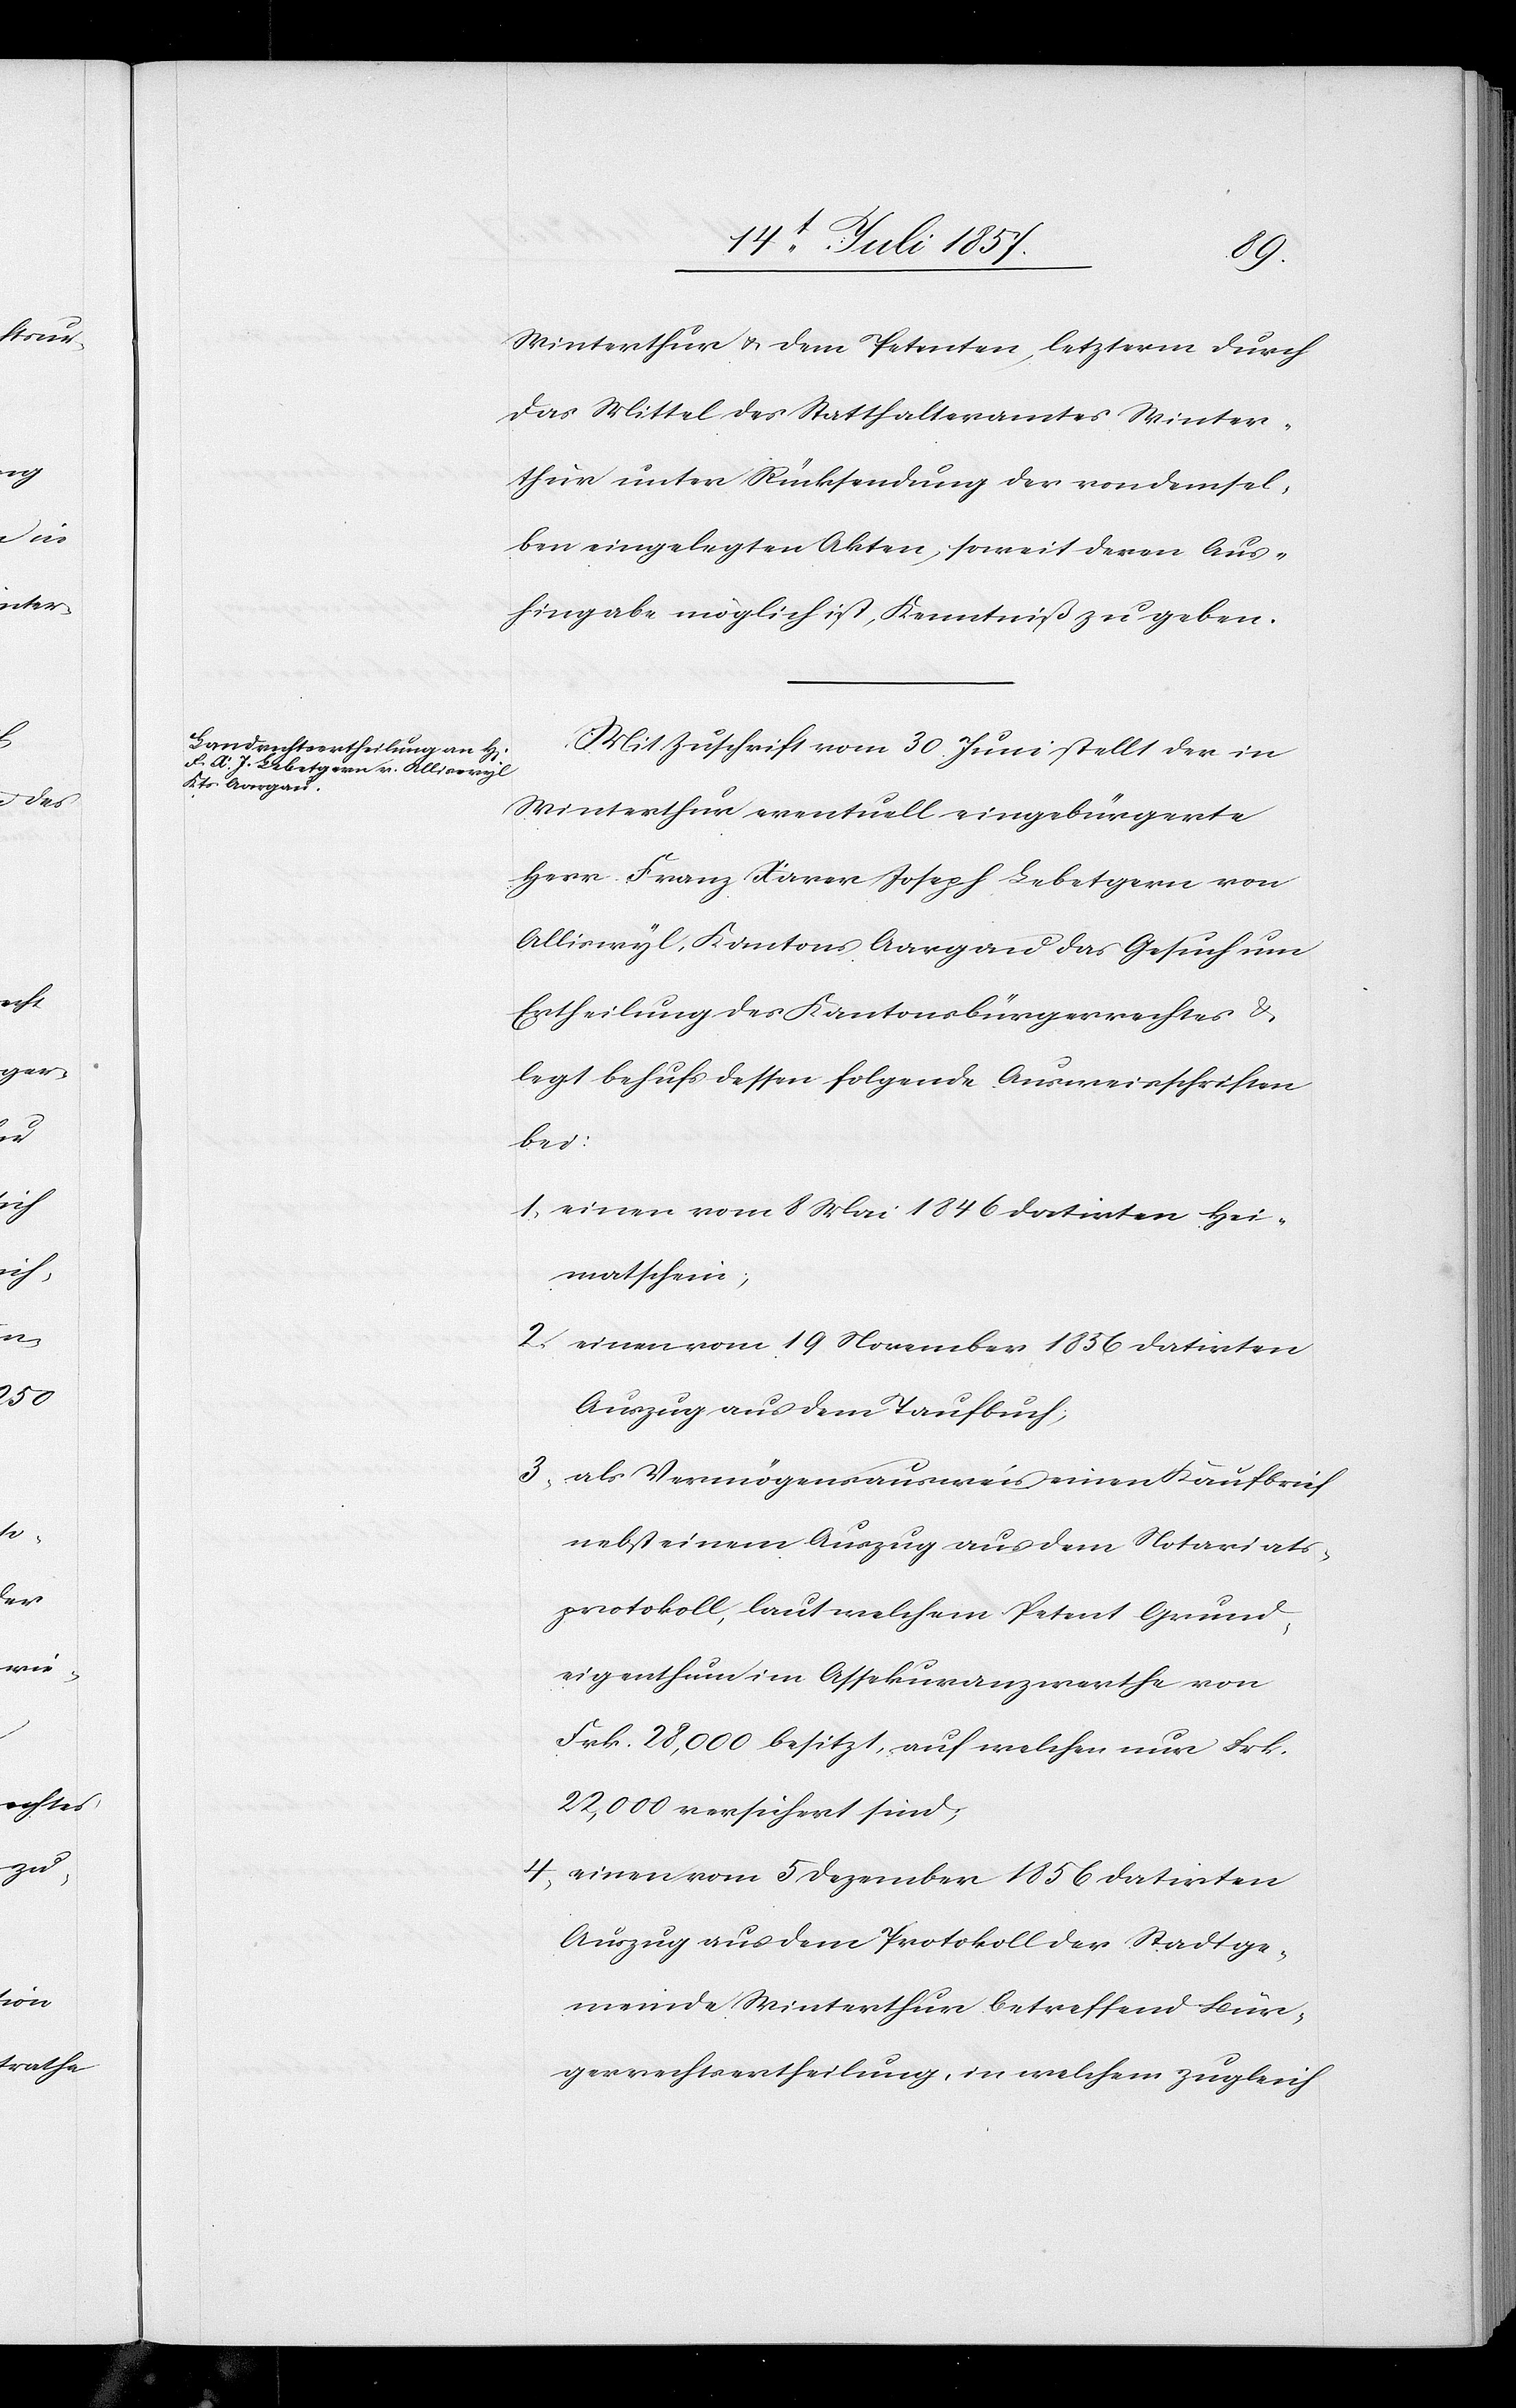
Winterthur & dem Petenten, letzterm durch
das Mittel des Statthalteramtes Winter¬
thur unter Rücksendung der von demsel¬
ben eingelegten Akten, soweit deren Aus¬
hingabe möglich ist, Kenntniß zu geben.
Mit Zuschrift vom 30 Juni stellt der in
Winterthur eventuell eingebürgerte
Herr Franz Xaver Joseph Lebetgern von
Alliswyl, Kantons Aargau das Gesuch um
Ertheilung des Kantonsbürgerrechtes &
legt behufs dessen folgende Ausweisschriften
bei;
1. einen vom 8 Mai 1846 datirten Hei¬
matschein;
2. einen vom 19 November 1856 datirten
Auszug aus dem Taufbuch;
3. als Vermögensausweis einen Kaufbrief
nebst einem Auszug aus dem Notariats¬
protokoll, laut welchem Petent Grund¬
eigenthum im Assekuranzwerthe von
Frk. 28,000 besitzt, auf welchen nur Frk.
22,000 versichert sind;
4. einen vom 5 Dezember 1856 datirten
Auszug aus dem Protokoll der Stadtge¬
meinde Winterthur betreffend Bür¬
gerrechtsertheilung, in welchem zugleich